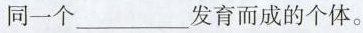
同一个___发育而成的个体。